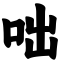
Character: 咄